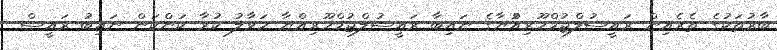
ބާރުތަކުގެ ތެރެއިން ރައީސުލްޖުމްހޫރިއްުޔާގެ ނައިބާ ރައީސުލްޖުމްހޫރިއްޔާ ހަވާލު ކުރާ ކަންކަން ނައިބު ރައީސް